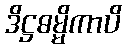
ဒိဋ္ဌဓမ္မိကာပိ